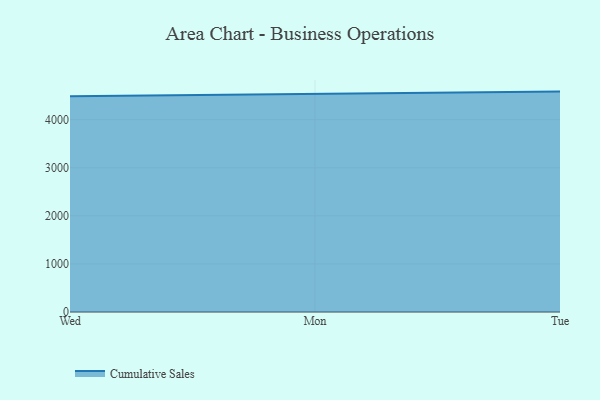
{"axis": {"x": "Day", "y": "Demand Index"}, "legend": ["Cumulative Sales"], "data": [{"x": "Wed", "y": 4485.8, "type": "Cumulative Sales"}, {"x": "Mon", "y": 4539.8, "type": "Cumulative Sales"}, {"x": "Tue", "y": 4583.1, "type": "Cumulative Sales"}]}